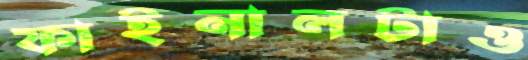
ফাইনালটাও